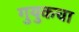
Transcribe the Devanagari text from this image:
गुयुकचा